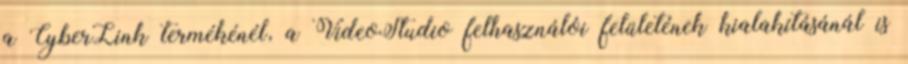
a CyberLink termékénél, a VideoStudio felhasználói felületének kialakításánál is